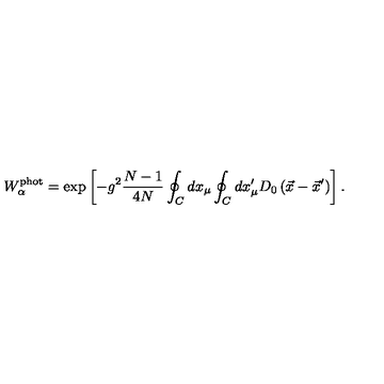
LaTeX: W _ { \alpha } ^ { \mathrm { p h o t } } = \exp \left[ - g ^ { 2 } \frac { N - 1 } { 4 N } \oint _ { C } ^ { } d x _ { \mu } \oint _ { C } ^ { } d x _ { \mu } ^ { \prime } D _ { 0 } \left( \vec { x } - \vec { x } ^ { \prime } \right) \right] .